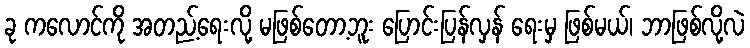
ခု ကလောင်ကို အတည့်ရေးလို့ မဖြစ်တော့ဘူး ပြောင်းပြန်လှန် ရေးမှ ဖြစ်မယ်၊ ဘာဖြစ်လို့လဲ